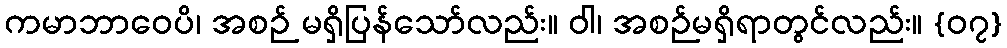
ကမာဘာဝေပိ၊ အစဉ် မရှိပြန်သော်လည်း။ ဝါ၊ အစဉ်မရှိရာတွင်လည်း။ {၀၇}